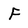
Character: F